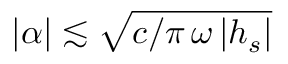
| \alpha | \lesssim \sqrt { c / \pi \, \omega \, | h _ { s } | }